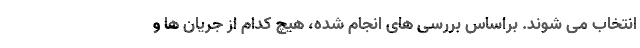
انتخاب می شوند. براساس بررسی های انجام شده، هیچ کدام از جریان ها و